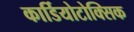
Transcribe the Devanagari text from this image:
कार्डियोटोक्सिक